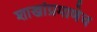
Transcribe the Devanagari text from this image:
शाखांप्रमाणेच